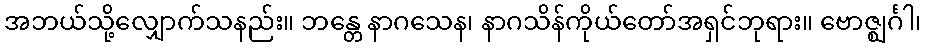
အဘယ်သို့လျှောက်သနည်း။ ဘန္တေ နာဂသေန၊ နာဂသိန်ကိုယ်တော်အရှင်ဘုရား။ ဗောဇ္ဈင်္ဂါ၊